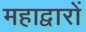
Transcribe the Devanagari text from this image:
महाद्वारों